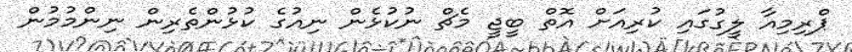
ޕްރިމިއާ ލީގުގައި ކުރިއަށް އޮތް ބީޖީ މެޗް ނުކުޅެން ނިއުގެ ކުޅުންތެރިން ނިންމުމުން